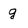
Character: g